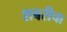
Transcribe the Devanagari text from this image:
शबरीचा